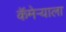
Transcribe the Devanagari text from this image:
कॅमेर्‍याला